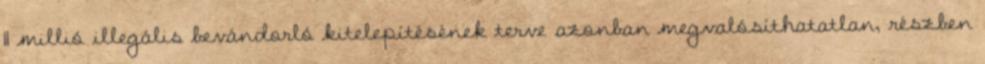
11 millió illegális bevándorló kitelepítésének terve azonban megvalósíthatatlan, részben